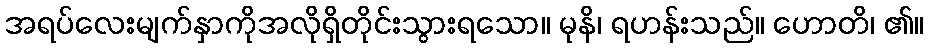
အရပ်လေးမျက်နှာကိုအလိုရှိတိုင်းသွားရသော။ မုနိ၊ ရဟန်းသည်။ ဟောတိ၊ ၏။